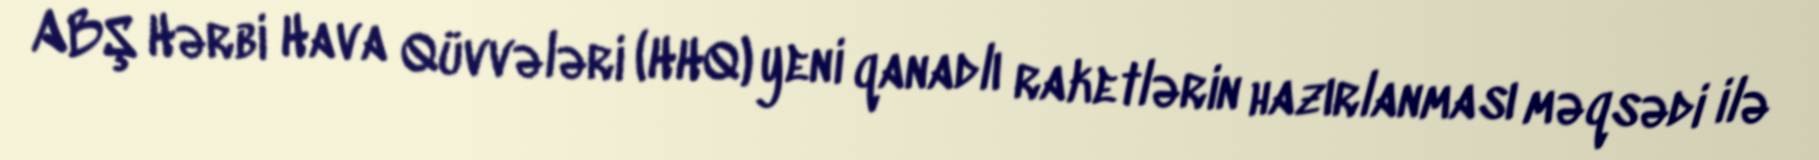
ABŞ Hərbi Hava Qüvvələri (HHQ) yeni qanadlı raketlərin hazırlanması məqsədi ilə